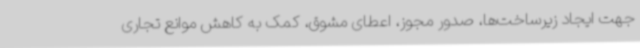
جهت ایجاد زیرساخت‌ها، صدور مجوز، اعطای مشوق، کمک به کاهش موانع تجاری